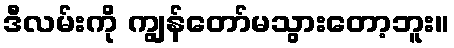
ဒီလမ်းကို ကျွန်တော်မသွားတော့ဘူး။